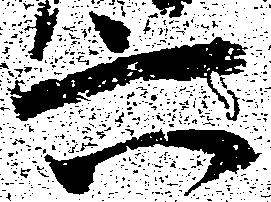
六